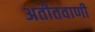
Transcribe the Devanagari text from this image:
अतीतवाणी